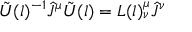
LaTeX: { \tilde { U } } ( l ) ^ { - 1 } { \hat { J } } ^ { \mu } { \tilde { U } } ( l ) = L ( l ) _ { \nu } ^ { \mu } { \hat { J } } ^ { \nu }